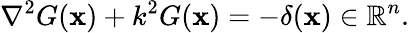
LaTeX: \nabla^{2}G(\mathbf{x})+k^{2}G(\mathbf{x})=-\delta(\mathbf{x})\in\mathbb{{R}}^{n}.